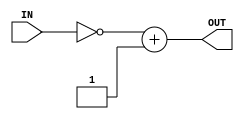
`timescale 1ns / 1ps
//////////////////////////////////////////////////////////////////////////////////
// Company: 
// Engineer: 
// 
// Design Name: 
// Module Name: Complemento2
// Project Name: 
// Target Devices: 
// Tool Versions: 
// Description: 
// 
// Dependencies: 
// 
// Revision:
// Revision 0.01 - File Created
// Additional Comments:
// 
//////////////////////////////////////////////////////////////////////////////////


module Cmp2(
    input [7:0] IN, //Entra nmero binario, 8 bits
    output [8:0] OUT //Sale nmero binario, 9 bits por si acaso ocurre overflow
    );
    reg [7:0] Temp;
    reg [8:0] Temp2;
    always @(*)
    begin
    Temp <= ~IN; //Invierte bits
    Temp2 <= Temp + 8'b00000001;//Les suma 1
    end
    assign OUT = Temp2;//Asigna este complemento a 2 a la salida
endmodule